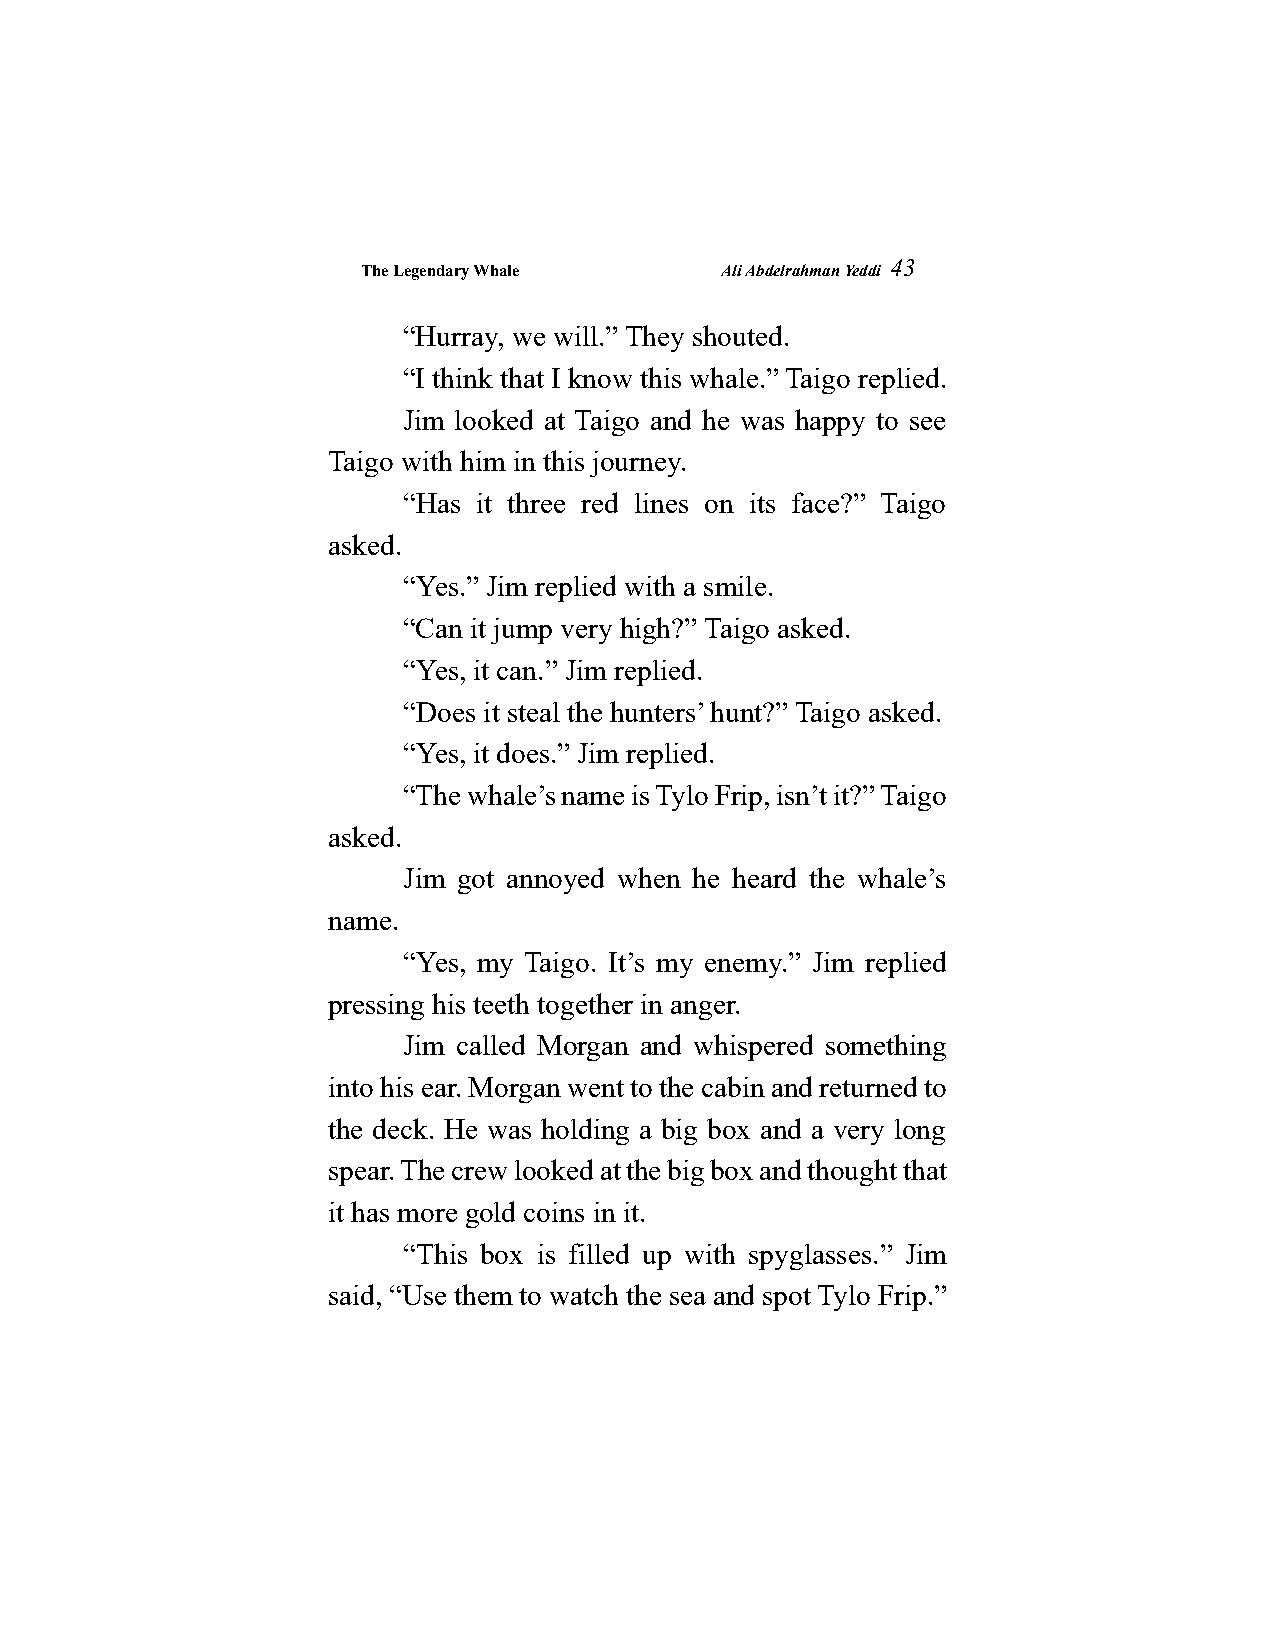
The Legendary Whale     Ali Abdelrahman Yeddi
 43
 “Hurray, we will.” They shouted.
 “I think that I know this whale.” Taigo replied.
 Jim looked at Taigo and he was happy to see
 Taigo with him in this journey.
 “Has it three red lines on its face?” Taigo
 asked.
 “Yes.” Jim replied with a smile.
 “Can it jump very high?” Taigo asked.
 “Yes, it can.” Jim replied.
 “Does it steal the hunters’ hunt?” Taigo asked.
 “Yes, it does.” Jim replied.
 “The whale’s name is Tylo Frip, isn’t it?” Taigo
 asked.
 Jim got annoyed when he heard the whale’s
 name.
 “Yes, my Taigo. It’s my enemy.” Jim replied
 pressing his teeth together in anger.
 Jim called Morgan and whispered something
 into his ear. Morgan went to the cabin and returned to
 the deck. He was holding a big box and a very long
 spear. The crew looked at the big box and thought that
 it has more gold coins in it.
 “This box is filled up with spyglasses.” Jim
 said, “Use them to watch the sea and spot Tylo Frip.”